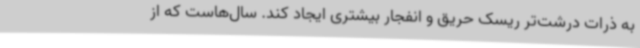
به ذرات درشت‌تر ریسک حریق و انفجار بیشتری ایجاد کند. سال‌هاست که از